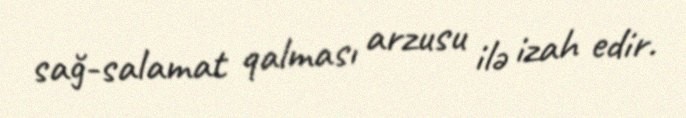
sağ-salamat qalması arzusu ilə izah edir.